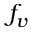
f _ { v }